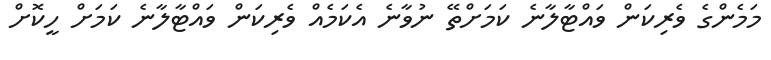
މަމެންގެ ވެރިކަން ވައްޓާލާނެ ކަމަށްތޭ ނުވާނެ އެކަމެއް ވެރިކަން ވައްޓާލާނެ ކަމަށް ހީކޮށް